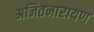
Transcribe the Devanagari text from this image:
अजितनारायण